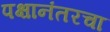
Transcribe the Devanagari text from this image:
पक्षानंतरचा